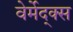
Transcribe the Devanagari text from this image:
वेर्मेद्क्स